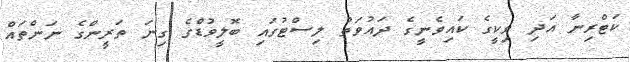
ކަޓްރިނާ އަދި ވިކީގެ ކައިވެނީގެ ދައުވަތު ލިސްޓުގައި ބޮލީވުޑްގެ ގިނަ ތަރީންގެ ނަންތައް